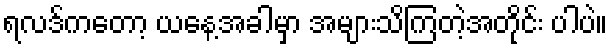
ရလဒ်ကတော့ ယနေ့အခါမှာ အများသိကြတဲ့အတိုင်း ပါပဲ။